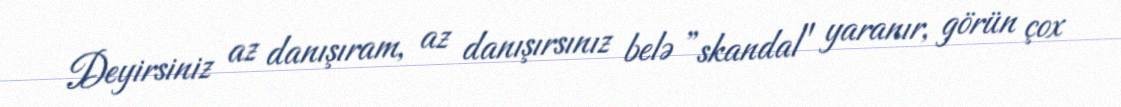
Deyirsiniz az danışıram, az danışırsınız belə ”skandal" yaranır, görün çox